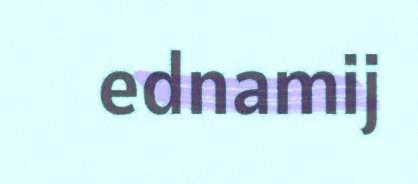
ednamij